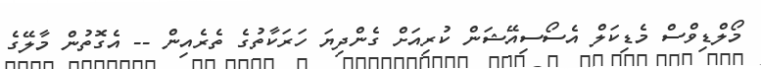
މޯލްޑިވްސް މެޑިކަލް އެސޯސިއޭޝަން ކުރިއަށް ގެންދިޔަ ހަރަކާތުގެ ތެރެއިން -- އެގޮތުން މާލޭގެ